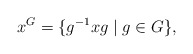
\begin{align*}x^G = \{g^{-1}xg\mid g\in G\},\end{align*}